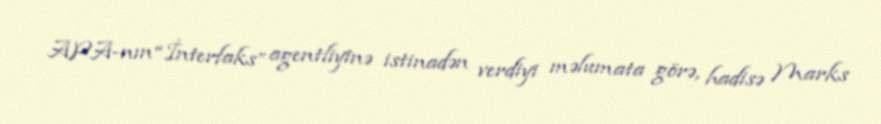
APA-nın “İnterfaks” agentliyinə istinadən verdiyi məlumata görə, hadisə Marks